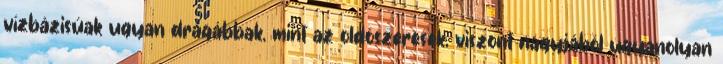
vízbázisúak ugyan drágábbak, mint az oldószeresek, viszont nagyjából ugyanolyan